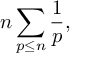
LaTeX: n \sum _ { p \leq n } { \frac { 1 } { p } } ,